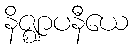
နိဇ္ဈာပနီယေ